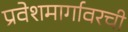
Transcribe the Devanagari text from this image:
प्रवेशमार्गावरची